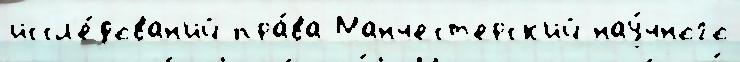
иссл'е́дован'ий пра́ва Манчест'ерск'ий нау́чного